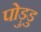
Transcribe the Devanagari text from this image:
पोड़ुडु